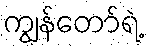
ကျွန်တော်ရဲ့